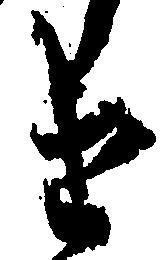
け